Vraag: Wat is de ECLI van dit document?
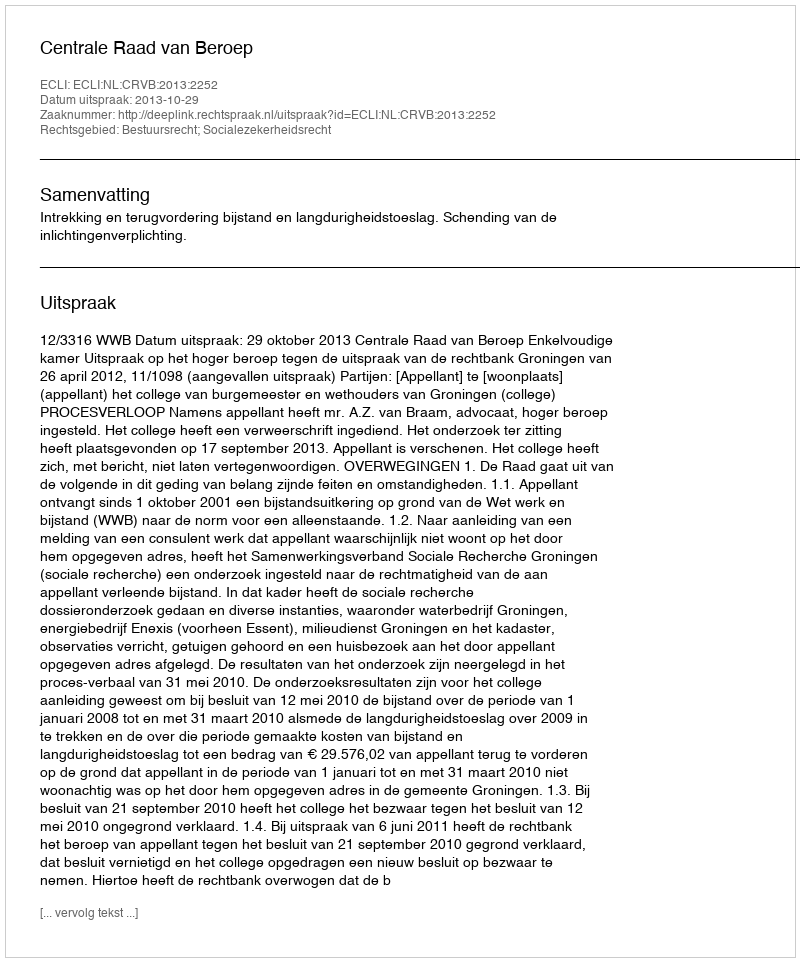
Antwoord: ECLI:NL:CRVB:2013:2252